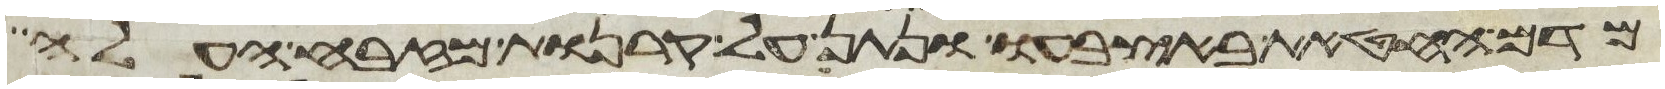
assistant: מדם החטאת באצבעו ונתן על קרנות מזבח העלה